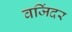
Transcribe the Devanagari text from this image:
वजिंदर